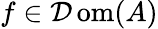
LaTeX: f\in\operatorname{\mathcal{D}om}(A)